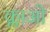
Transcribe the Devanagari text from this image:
क्लाओ